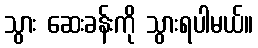
သွား ဆေးခန်းကို သွားရပါမယ်။